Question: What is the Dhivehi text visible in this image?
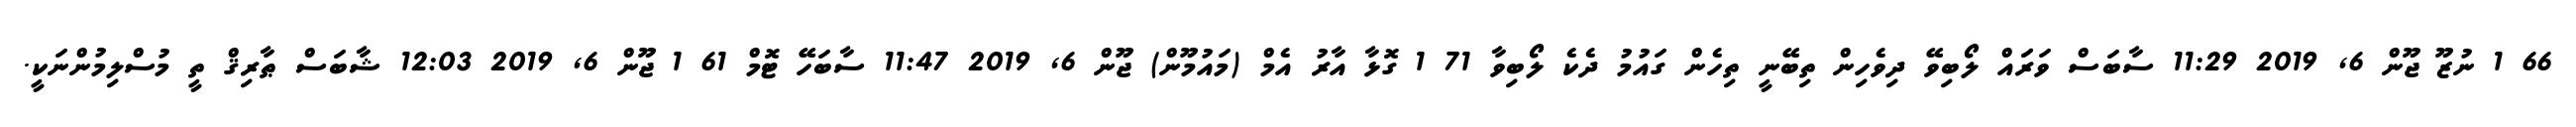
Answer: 66 1 ނުޒޫ ޖޫން 6, 2019 11:29 ސާބަސް ވަރަައް ލޯބިވޭ ދިވެހިން ތިބޭނީ ތިހެން ގައުމު ދެކެ ލޯބިވާ 71 1 ގޮޅާ އާރު އެމް (މައުމޫން) ޖޫން 6, 2019 11:47 ސާބަހޭ ޓޮމް 61 1 ޖޫން 6, 2019 12:03 ޝާބަސް ޠާރިޤް ތީ މުސްލިމުންނަކީ.